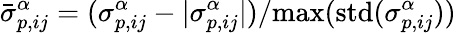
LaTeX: \bar{\sigma}_{p,ij}^{\alpha}=(\sigma_{p,ij}^{\alpha}-|\sigma_{p,ij}^{\alpha}|)/\textrm{max(std(}\sigma_{p,ij}^{\alpha}))